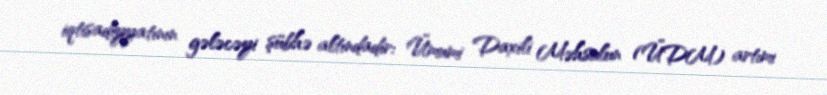
iqtisadiyyatının gələcəyi şübhə altındadır: Ümumi Daxili Məhsulun (ÜDM) artımı